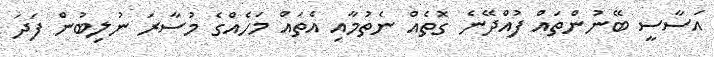
އަސާސީ ބޭނުންތައް ފުއްދޭނެ ގޮތެއް ނެތުމާއި އެތައް މަހެއްގެ މުސާރަ ނުލިބުން ފަދަ